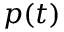
p ( t )